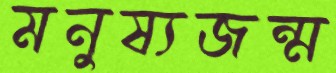
মনুষ্যজন্ম